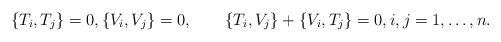
LaTeX: \begin{align*} \{ T_i,T_j\}=0 , \{V_i,V_j\}=0 , \qquad\{T_i,V_j\}+\{V_i,T_j\}=0 , i,j=1,\ldots, n .\end{align*}